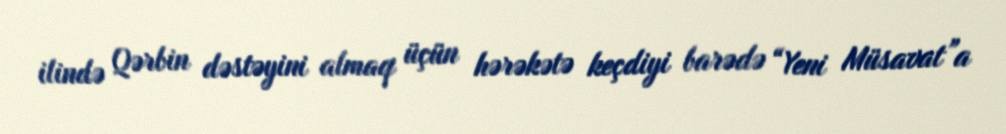
ilində Qərbin dəstəyini almaq üçün hərəkətə keçdiyi barədə “Yeni Müsavat”a